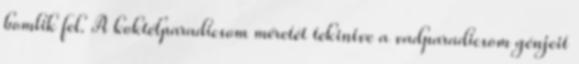
bomlik fel. A koktélparadicsom méretét tekintve a vadparadicsom génjeit